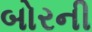
બોરની